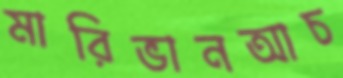
মারিভানআচ